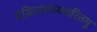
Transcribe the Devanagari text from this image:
पंडिताराध्यचरितमु